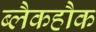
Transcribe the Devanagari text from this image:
ब्लैकहौक